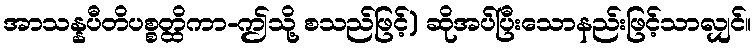
အာသန္နပီတိပစ္စတ္ထိကာ-ဤသို့ စသည်ဖြင့်) ဆိုအပ်ပြီးသောနည်းဖြင့်သာလျှင်။